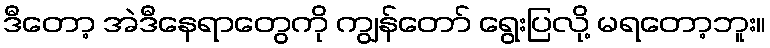
ဒီတော့ အဲဒီနေရာတွေကို ကျွန်တော် ရွေးပြလို့ မရတော့ဘူး။